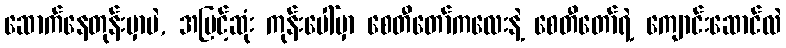
ဆောက်နေတုန်းမှာပဲ, အမြင့်ဆုံး ကုန်းပေါ်မှာ စေတီတော်ကလေးနဲ့ စေတီတော်ရဲ့ ကျောင်းဆောင်လဲ